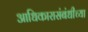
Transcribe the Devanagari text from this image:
आधिकारासंबंधीच्या